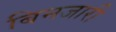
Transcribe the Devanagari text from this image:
बिनजारी